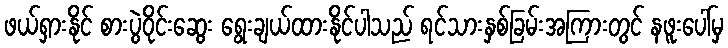
ဖယ်ရှားနိုင် စားပွဲဝိုင်းဆွေး ရွေးချယ်ထားနိုင်ပါသည် ရင်သားနှစ်ခြမ်းအကြားတွင် နဖူးပေါ်မှ